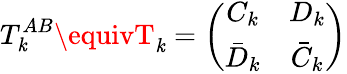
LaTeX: T_{\mathit{k}}^{AB}\equivT_{\mathit{k}}=\left(\begin{array}{cc}{{C_{k}}}&{{D_{k}}}\\ {{\bar{D}_{k}}}&{{\bar{C}_{k}}}\end{array}\right)